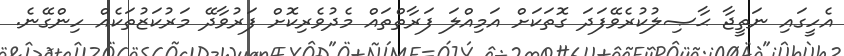
އެހީގައި ނަތީޖާ ޙާޞިލުކުރެވޭފަދަ ގޮތަކަށް އަމިއްލަ ފަރާތްތައް މެދުވެރިކޮށް ފަރުވާދޭ މަރުކަޒުތަކެއް ހިންގޭނެ.